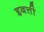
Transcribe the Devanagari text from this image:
इबत्ती